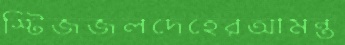
স্টিজজলদেহেরআমন্ত